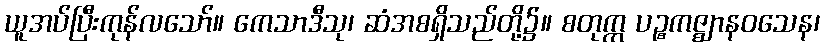
ယူအပ်ပြီးကုန်လသော်။ ကေသာဒီသု၊ ဆံအစရှိသည်တို့၌။ စတုက္က ပဉ္စကဇ္ဈာနဝသေန၊